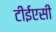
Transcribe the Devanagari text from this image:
टीईएसी